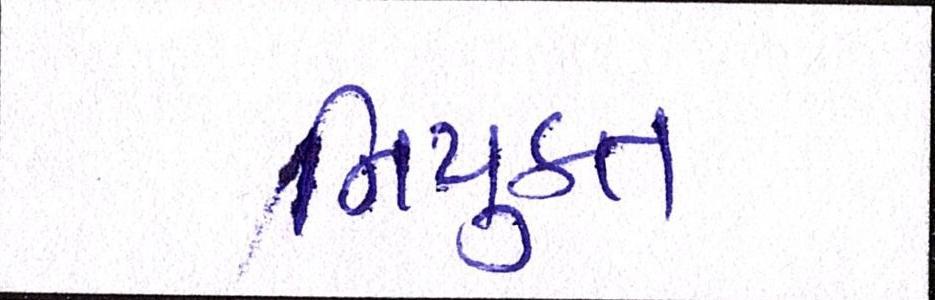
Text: નિયુકત